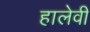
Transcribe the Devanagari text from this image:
हालेवी